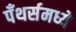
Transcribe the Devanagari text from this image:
पँथर्समध्ये